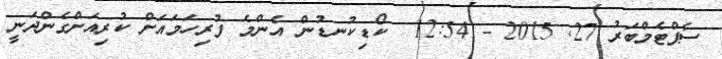
ސެޕްޓެމްބަރު 27